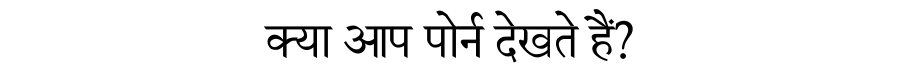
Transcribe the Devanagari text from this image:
क्या आप पोर्न देखते हैं?